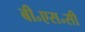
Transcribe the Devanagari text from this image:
बी॰एस॰सी